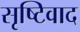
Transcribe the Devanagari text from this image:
सृष्टिवाद